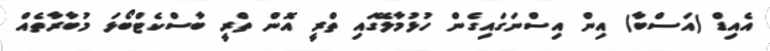
އެއިޑް (އަސްބާ) އިން އިސްނަގައިގެން ހުޅުމާލޭގައި ތްރީ އޮން ތްރީ ބާސްކެޓްބޯޅަ މުބާރާތެއް